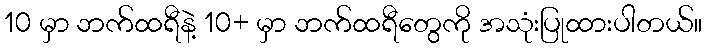
10 မှာ ဘက်ထရီနဲ့ 10+ မှာ ဘက်ထရီတွေကို အသုံးပြုထားပါတယ်။